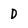
Character: D